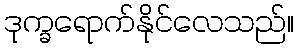
ဒုက္ခရောက်နိုင်လေသည်။